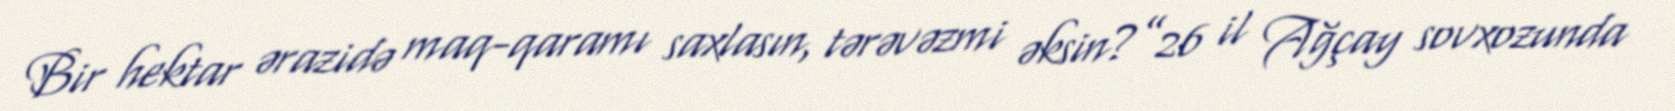
Bir hektar ərazidə maq-qaramı saxlasın, tərəvəzmi əksin?”26 il Ağçay sovxozunda